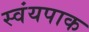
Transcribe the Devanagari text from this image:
स्वंयपाक